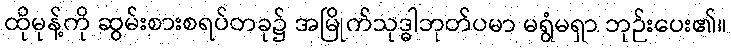
ထိုမုန့်ကို ဆွမ်းစားစရပ်တခု၌ အမြိုက်သုဒ္ဓါဘုတ်ပမာ မရွံမရှာ ဘုဉ်းပေး၏။